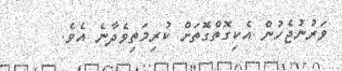
ވަރުނުޖެހުން އެކިގޮތްގޮތަށް ކުރިމަތިވެދާނެ އެވެ.